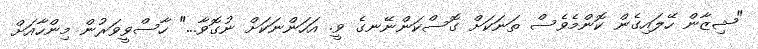
"ޝިޒާން ހޭލައިގެން ކޮންމެވެސް ތަނަކަށް ގޮސްކަންނޭނގެ ވީ. އަހަންނަކަށް ނުގޮވާ..." ހާސްވީވަރުން މިންހާއަށް